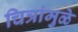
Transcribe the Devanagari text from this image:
चित्रांमुळे